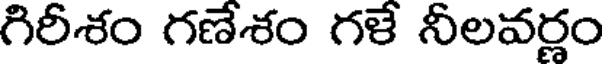
గిరీశం గణేశం గళే నీలవర్ణం